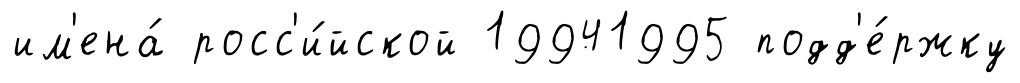
им'ена́ росс'и́йской 19941995 подд'е́ржку